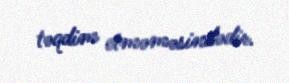
təqdim etməməsindədir.